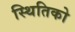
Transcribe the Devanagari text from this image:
स्थितिको